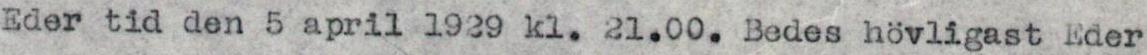
Eder tid den 5 april 1929 kl. 21.00. Bedes hövligast Eder